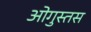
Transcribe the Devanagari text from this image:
ओगुस्तस